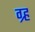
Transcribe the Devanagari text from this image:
ग्र्ह